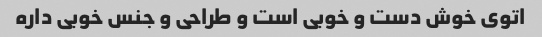
اتوی خوش دست و خوبی است و طراحی و جنس خوبی داره